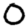
Digit: 0